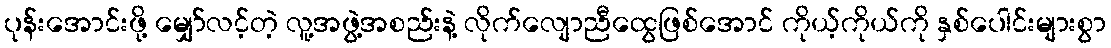
ပုန်းအောင်းဖို့ မျှော်လင့်တဲ့ လူ့အဖွဲ့အစည်းနဲ့ လိုက်လျောညီထွေဖြစ်အောင် ကိုယ့်ကိုယ်ကို နှစ်ပေါင်းများစွာ